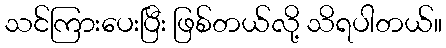
သင်ကြားပေးပြီး ဖြစ်တယ်လို့ သိရပါတယ်။